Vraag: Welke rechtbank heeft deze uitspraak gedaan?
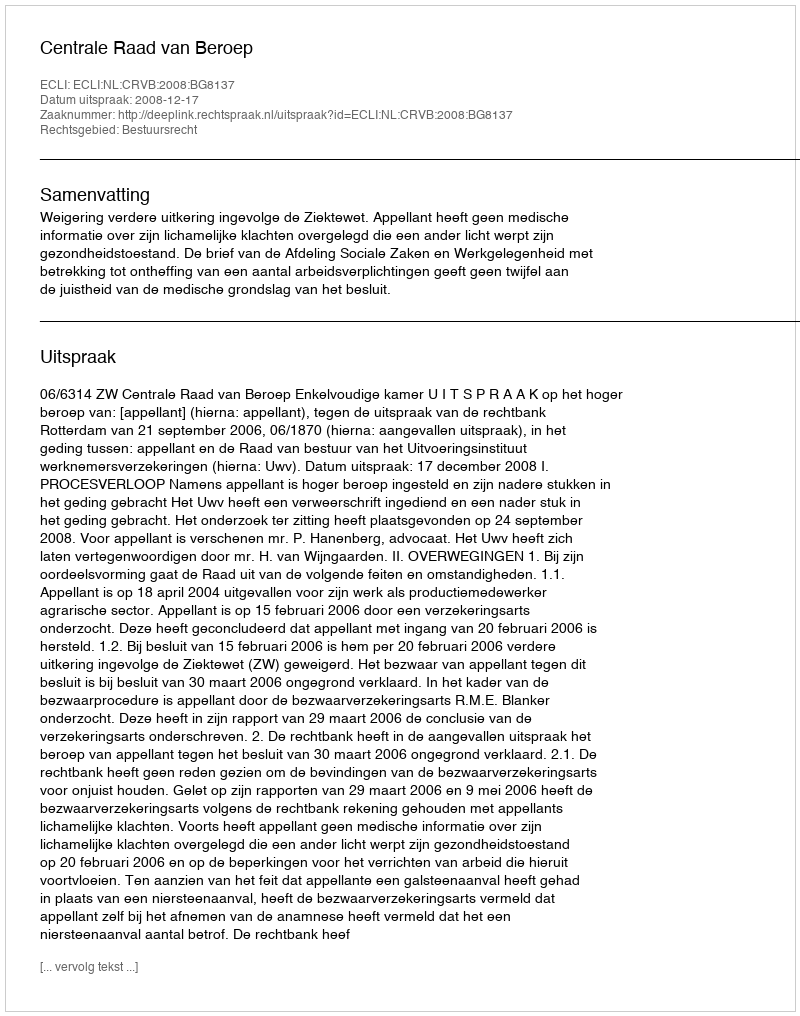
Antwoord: Centrale Raad van Beroep